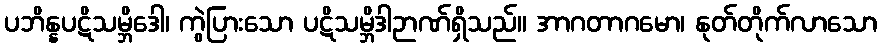
ပဘိန္နပဋိသမ္ဘိဒေါ၊ ကွဲပြားသော ပဋိသမ္ဘိဒါဉာဏ်ရှိသည်။ အာဂတာဂမော၊ နုတ်တိုက်လာသော